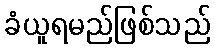
ခံယူရမည်ဖြစ်သည်